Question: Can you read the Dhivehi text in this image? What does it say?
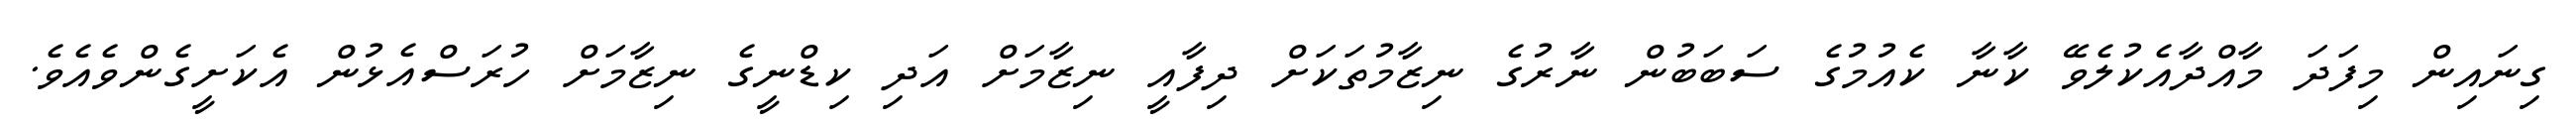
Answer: ގިނައިން މިފަދަ މާއްދާއެކުލެވޭ ކާނާ ކެއުމުގެ ސަބަބުން ނާރުގެ ނިޒާމުތަކަށް ދިފާއީ ނިޒާމަށް އަދި ކިޑްނީގެ ނިޒާމަށް ހުރަސްއެޅުން އެކަށީގެންވެއެވެ.